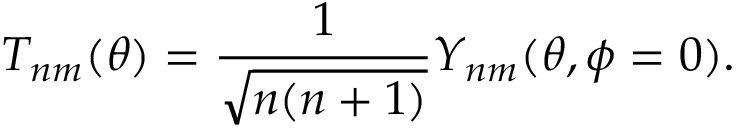
T _ { n m } ( \theta ) = \frac { 1 } { \sqrt { n ( n + 1 ) } } Y _ { n m } ( \theta , \phi = 0 ) .